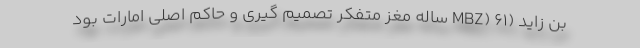
بن زاید (MBZ) 61 ساله مغز متفکر تصمیم گیری و حاکم اصلی امارات بود